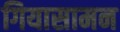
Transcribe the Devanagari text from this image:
गियासामन